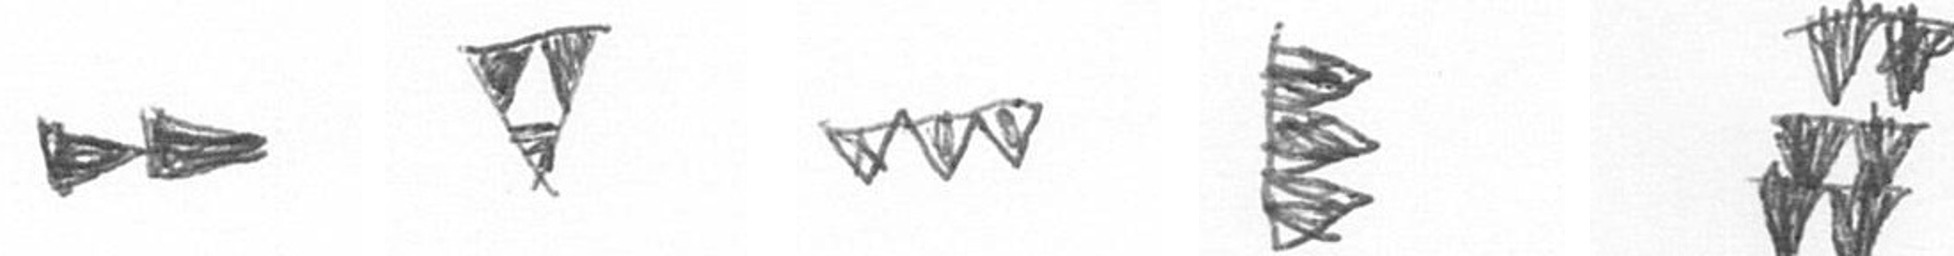
A S L H Y